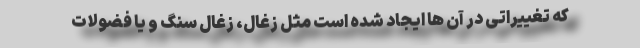
که تغییراتی در آن ها ایجاد شده است مثل زغال، زغال سنگ و یا فضولات